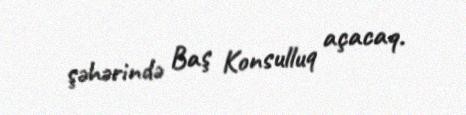
şəhərində Baş Konsulluq açacaq.